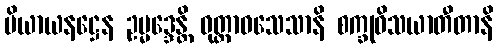
ပိယာယနဋ္ဌေန ဥမ္မဒ္ဒေန္တိ ဝုတ္တာဝသေသာနိ စက္ခုဝိသယာတီတာနိ